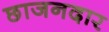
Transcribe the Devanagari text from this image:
छाजनदार